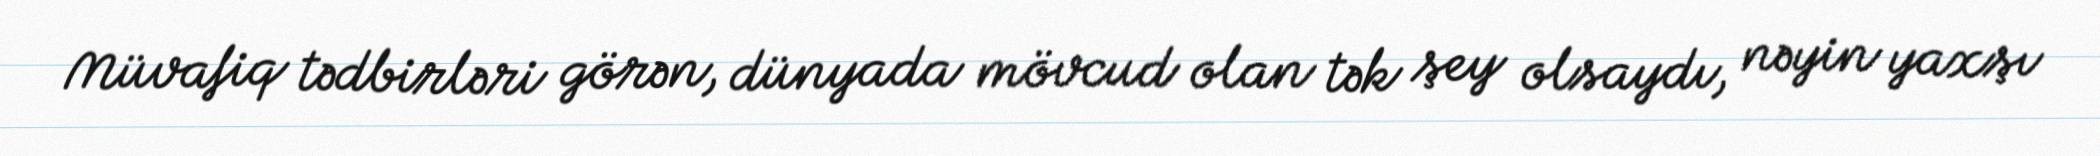
Müvafiq tədbirləri görən, dünyada mövcud olan tək şey olsaydı, nəyin yaxşı